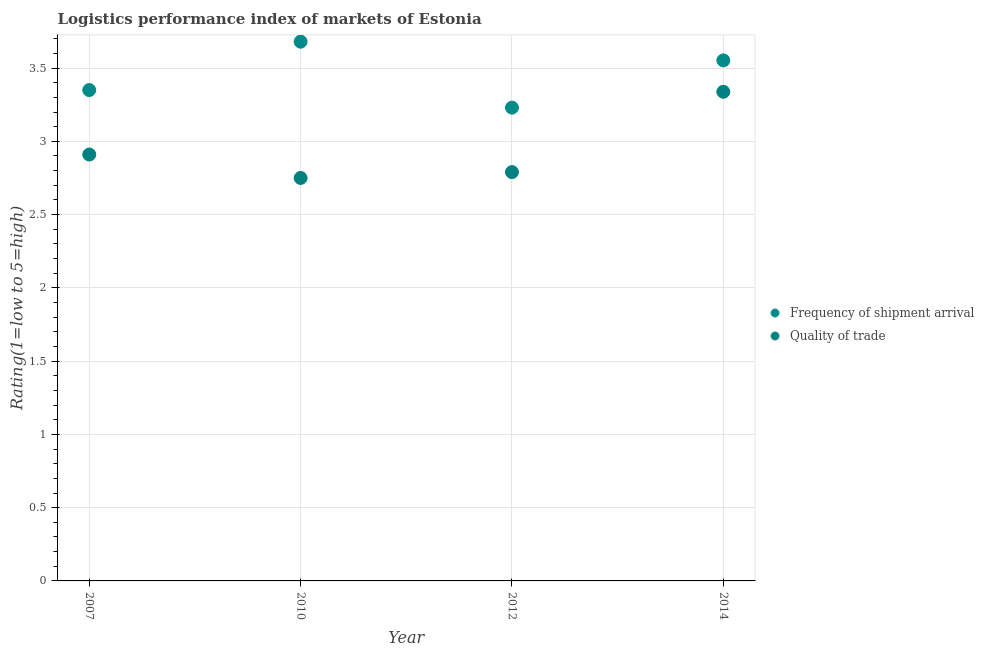
| Year | Frequency of shipment arrival | Quality of trade |
 | --- | --- | --- |
 | 2007 | 3.35 | 2.91 |
 | 2010 | 3.68 | 2.75 |
 | 2012 | 3.23 | 2.79 |
 | 2014 | 3.55 | 3.34 |